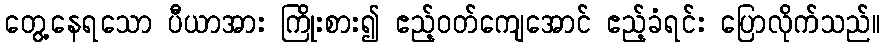
တွေ့နေရသော ပီယာအား ကြိုးစား၍ ဧည့်ဝတ်ကျေအောင် ဧည့်ခံရင်း ပြောလိုက်သည်။